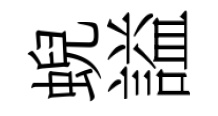
蜺謚